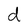
Character: d